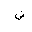
Letter: _dad